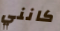
كانني